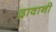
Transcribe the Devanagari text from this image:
द्रावानी